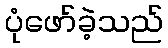
ပုံဖော်ခဲ့သည်